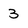
Character: 3